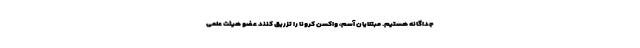
جداگانه هستیم. مبتلایان آسم، واکسن کرونا را تزریق کنند عضو هیئت علمی